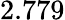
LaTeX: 2.779